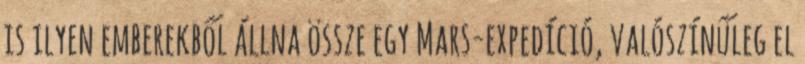
is ilyen emberekből állna össze egy Mars-expedíció, valószínűleg el